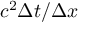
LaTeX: c ^ { 2 } \Delta t / \Delta x